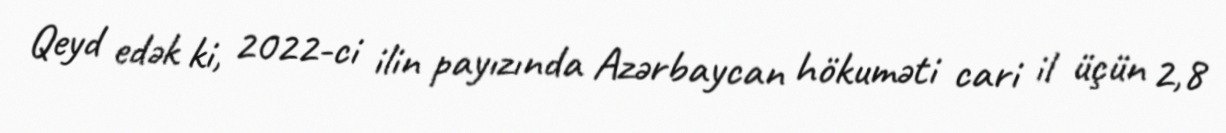
Qeyd edək ki, 2022-ci ilin payızında Azərbaycan hökuməti cari il üçün 2,8